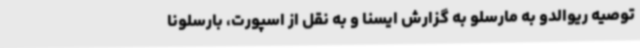
توصیه ریوالدو به مارسلو به گزارش ایسنا و به نقل از اسپورت، بارسلونا